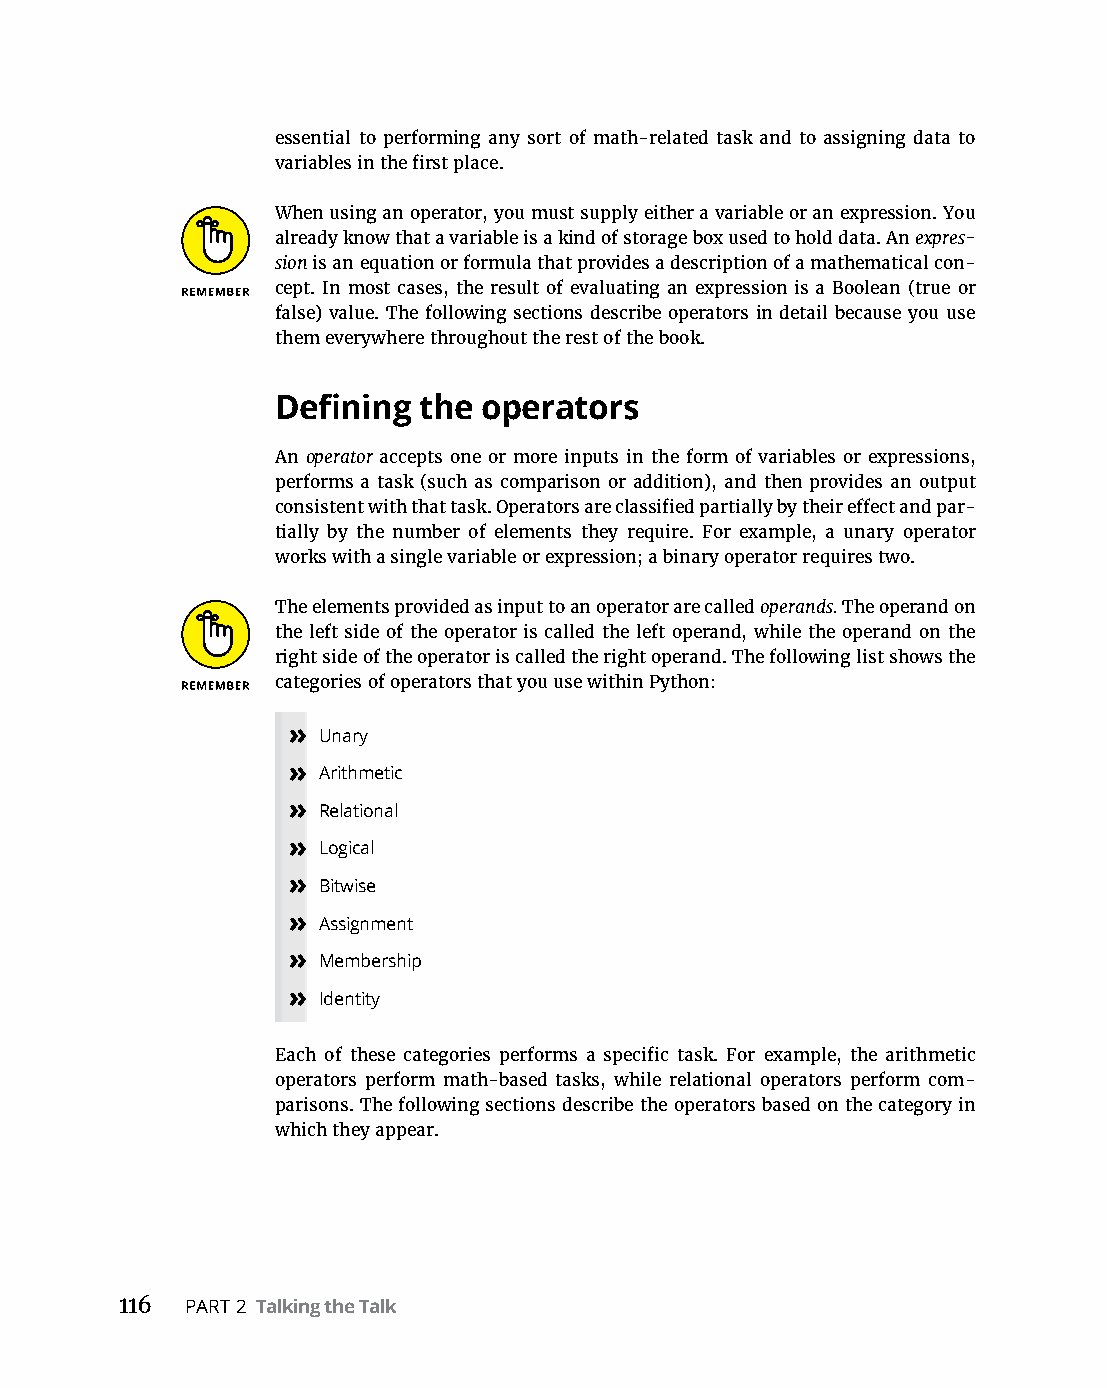
essential to performing any sort of math-related task and to assigning data to
 variables in the first place.
 When using an operator, you must supply either a variable or an expression. You
 already know that a variable is a kind of storage box used to hold data. An expres-
 sion is an equation or formula that provides a description of a mathematical con-
 cept. In most cases, the result of evaluating an expression is a Boolean (true or
 false) value. The following sections describe operators in detail because you use
 them everywhere throughout the rest of the book.
 Defining  the operators
 An operator accepts one or more inputs in the form of variables or expressions,
 performs a task (such as comparison or addition), and then provides an output
 consistent with that task. Operators are classified partially by their effect and par-
 tially by the number of elements they require. For example, a unary operator
 works with a single variable or expression; a binary operator requires two.
 The elements provided as input to an operator are called operands. The operand on
 the left side of the operator is called the left operand, while the operand on the
 right side of the operator is called the right operand. The following list shows the
 categories of operators that you use within Python:
 » Unary
 » Arithmetic
 » Relational
 » Logical
 » Bitwise
 » Assignment
 » Membership
 » Identity
 Each of these categories performs a specific task. For example, the arithmetic
 operators perform math-based tasks, while relational operators perform com-
 parisons. The following sections describe the operators based on the category in
 which they appear.
 116 PART 2 Talking the Talk